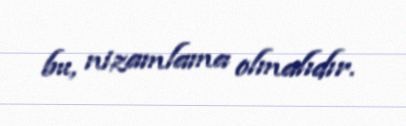
bu, nizamlama olmalıdır.